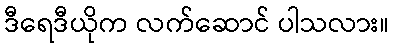
ဒီရေဒီယိုက လက်ဆောင် ပါသလား။